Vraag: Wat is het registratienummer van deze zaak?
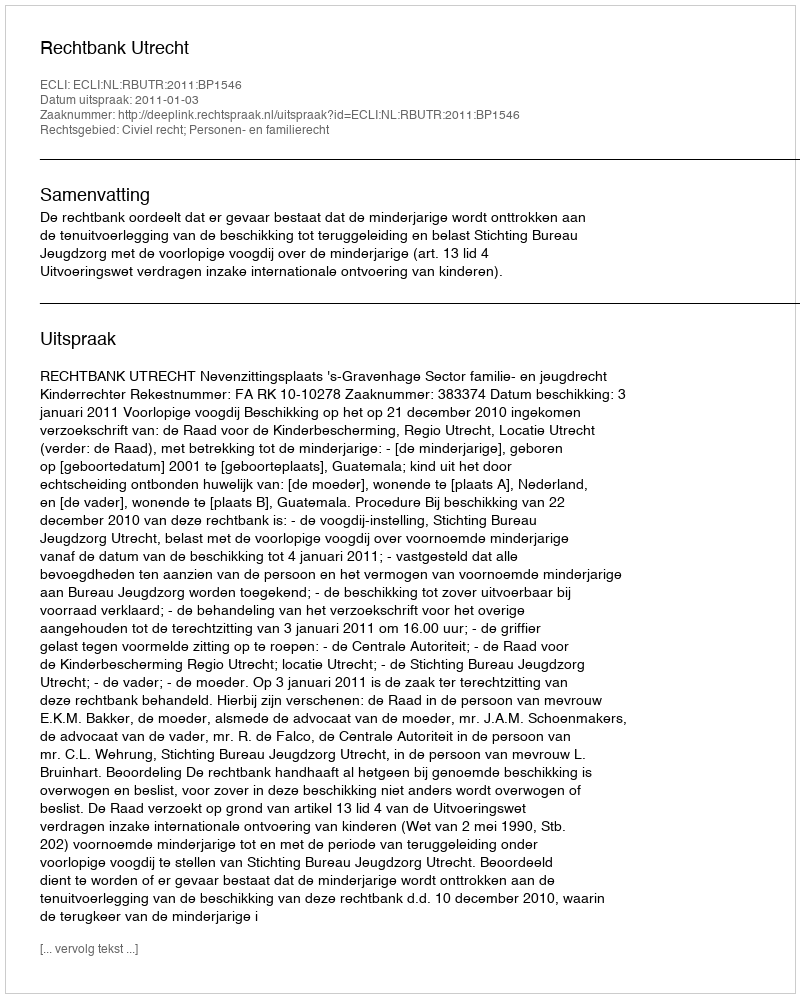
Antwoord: http://deeplink.rechtspraak.nl/uitspraak?id=ECLI:NL:RBUTR:2011:BP1546